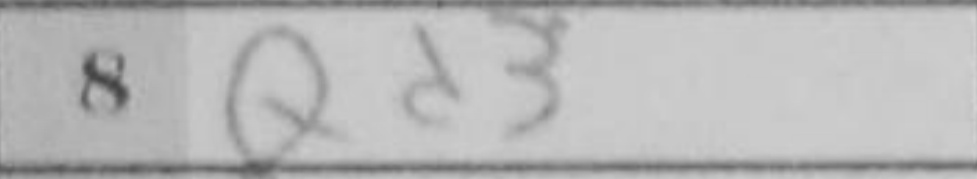
Transcription: Qd3